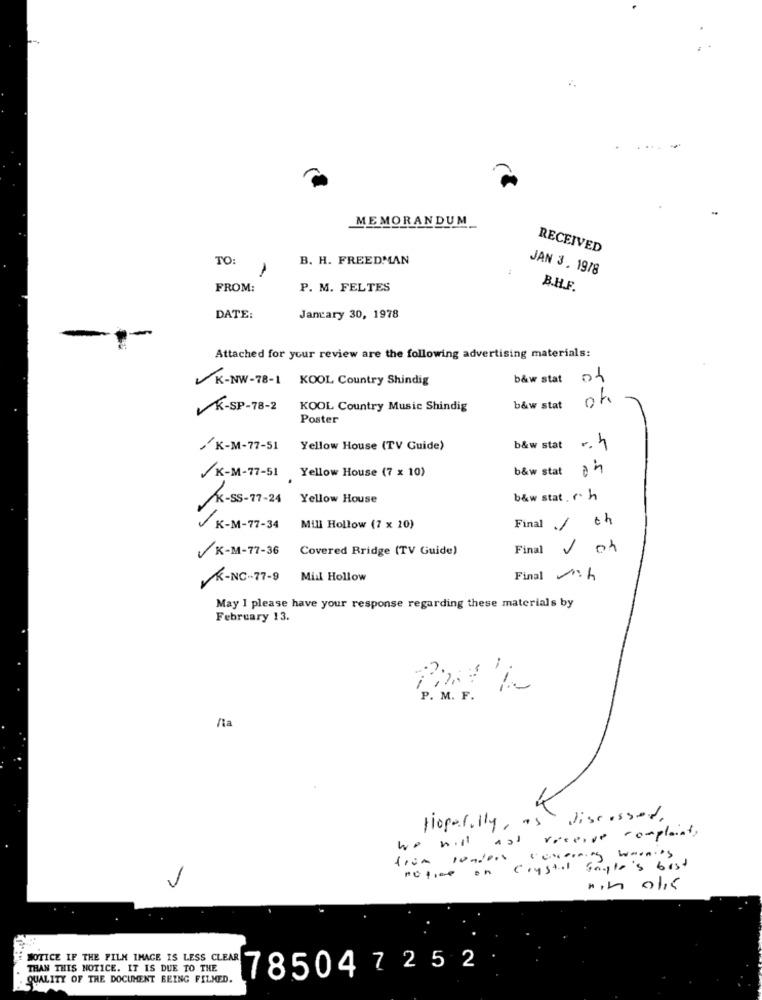
....
MEMORANDUM
RECEIVED
TO:
B. H. FREEDMAN
1
JAN 3. 1978
FROM:
P. M. FELTES
B.H.F.
DATE:
Jancary 30, 1978
Attached for your review are the following advertising materials:
K-NW-78-1 KOOL Country Shindig
b&w stat 04
oh
K-SP-78-2
KOOL Country Music Shindig
b&w stat
Poster
K-M-77-51
Yellow House (TV Guide)
b&w stat
b&w stat
/K-M-77-51 Yellow House (7 x 10)
b&w stat. c. h
K-SS-77-24 Yellow House
Final /
oh
K-M-77-34
Mill Hollow (7 x 20)
VK-M-77-36
Covered Bridge (TV Guide)
Final
K-NC-77-9 Mill Hollow
Final
May 1 please have your response regarding these materials by
February 13.
P. M. F.
discussed
tiopor.lly, as
we will not"
receive complaints
trim loaders
Concerning when's
Crystal Google's best
V
Hin oki
NOTICE IF THE FILM IMAGE IS LESS CLEAR
THAN THIS NOTICE. IT IS DUE TO THE
785047252
QUALITY OF THE DOCUMENT BEING FILMED.